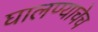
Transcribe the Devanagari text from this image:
घालण्याचेच